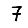
Digit: 7